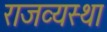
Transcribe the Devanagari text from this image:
राजव्यस्था